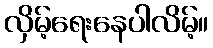
လှိမ့်ရေးနေပါလိမ့်။